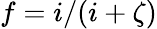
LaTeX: f=i/(i+\zeta)